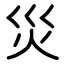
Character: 災